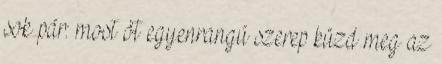
sok pár: most öt egyenrangú szerep küzd meg az